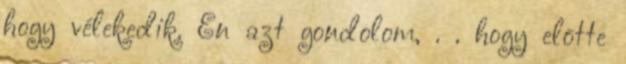
hogy vélekedik. Én azt gondolom, . . hogy elõtte